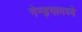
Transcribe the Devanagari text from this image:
गेन्ड्यामध्ये